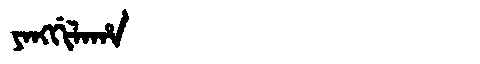
Manchu: ᠶᠠᠩᡤᡳᠯᠠᡥᠠ
Romanization: YANGGILAHA